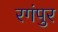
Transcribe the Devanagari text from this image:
रगंपुर